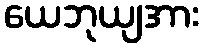
ယေဘုယျအား